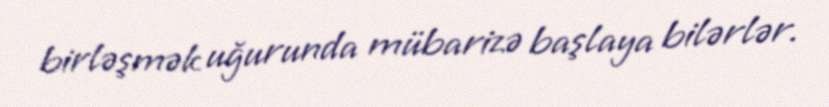
birləşmək uğurunda mübarizə başlaya bilərlər.